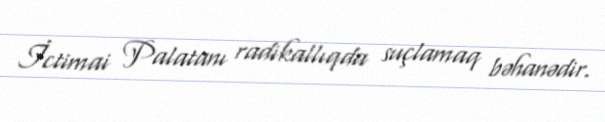
İctimai Palatanı radikallıqda suçlamaq bəhanədir.